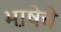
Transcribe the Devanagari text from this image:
भा़षेचे